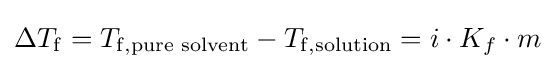
\Delta T_{\rm {f}}=T_{\rm {f,{\text{pure solvent}}}}-T_{\rm {f,{\text{solution}}}}=i\cdot K_{f}\cdot m